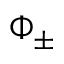
\Phi _ { \pm }